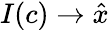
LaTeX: I(c)\rightarrow\hat{x}